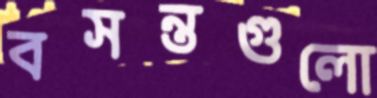
বসন্তগুলো